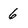
Character: 6